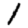
Digit: 1